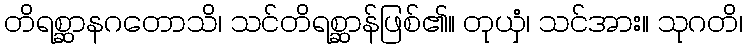
တိရစ္ဆာနဂတောသိ၊ သင်တိရစ္ဆာန်ဖြစ်၏။ တုယှံ၊ သင်အား။ သုဂတိ၊